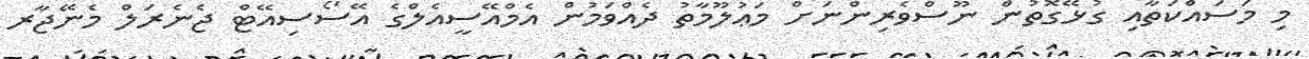
މި މަސައްކަތާއި ގުޅޭގޮތުން ނޫސްވެރިންނަށް މަޢުލޫމާތު ދެއްވަމުން އެމްއޭސީއެލްގެ އޭސޯސިއޭޓް ޖެނެރަލް މެނޭޖާރ